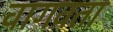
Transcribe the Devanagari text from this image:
वागवता